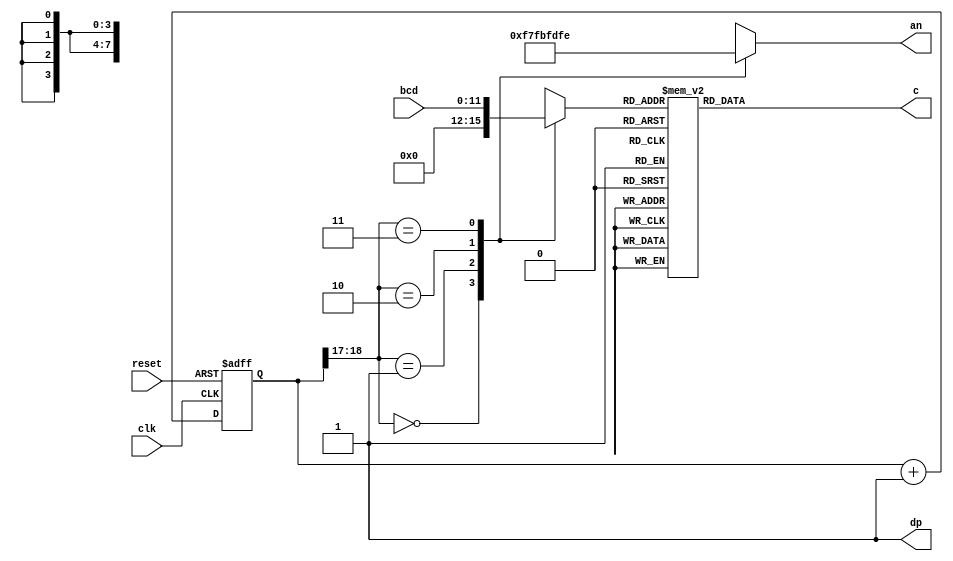
module seven_seg(
    input clk,
    input [11:0] bcd,
    input reset,
    output [7:0] an,
    output [6:0] c,
    output dp
    );
    
    reg [19:0] counter;
    wire [1:0] led_activate;
    reg [7:0] anode_activate;
    reg [3:0] value_to_display;
    reg [6:0] cathodes;
    
    assign c = cathodes;
    assign an = anode_activate;
    assign dp = 1'b1;
    
    //assign led_activate = counter[6:5];
    assign led_activate = counter[19:17];
    
    always @(posedge clk or posedge reset) begin
        if(reset) begin
            counter <= 20'b0;
        end
        else begin
            counter <= counter + 1;
        end
    end
    
    always @(*) begin
        case(led_activate)
            3'b000: begin
                anode_activate = 8'b11110111;
                value_to_display = 4'b0000;
            end
            3'b001: begin
                anode_activate = 8'b11111011;
                value_to_display = bcd[11:8];
            end
            3'b010: begin
                anode_activate = 8'b11111101;
                value_to_display = bcd[7:4];
            end
            3'b011: begin
                anode_activate = 8'b11111110;
                value_to_display = bcd[3:0];
            end
            3'b100: begin
                anode_activate = 8'b11101111;
                value_to_display = 4'b0000;
            end
            3'b101: begin
                anode_activate = 8'b11011111;
                value_to_display = 4'b0000;
            end
            3'b110: begin
                anode_activate = 8'b10111111;
                value_to_display = 4'b0000;
            end
            3'b111: begin
                anode_activate = 8'b01111111;
                value_to_display = 4'b0000;
            end
            
        endcase
    end
    
    always @(*) begin
        case(value_to_display) 
            4'b0000: begin
                cathodes = 7'b1000000;
            end
            4'b0001: begin
                cathodes = 7'b1111001;
            end
            4'b0010: begin
                cathodes = 7'b0100100;
            end
            4'b0011: begin
                cathodes = 7'b0110000;
            end
            4'b0100: begin
                cathodes = 7'b0011001;
            end
            4'b0101: begin
                cathodes = 7'b0010010;
            end
            4'b0110: begin
                cathodes = 7'b0000010;
            end
            4'b0111: begin
                cathodes = 7'b1111000;
            end
            4'b1000: begin
                cathodes = 7'b0000000;
            end
            4'b1001: begin
                cathodes = 7'b0010000;
            end
            default: begin
                cathodes = 7'b1000000;
            end
        endcase
    end
    
    
    
endmodule